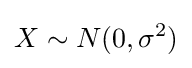
X\sim N(0,\sigma ^{2})